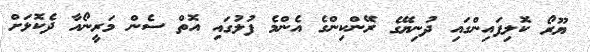
ޔޫރޯ ކޮލިފައިންގައި ދުނިޔޭގެ ރޭންކިންގެ އެންމެ ފުލުގައި އޮތް ސެން މަރީނޯއާ ދެކޮޅަށް